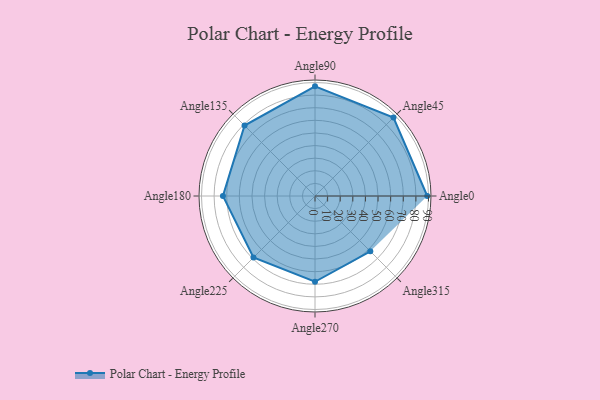
{"axis": {"x": "Angle", "y": "Radius"}, "legend": [""], "data": [{"x": "Angle0", "y": 89.0, "type": ""}, {"x": "Angle45", "y": 88.0, "type": ""}, {"x": "Angle90", "y": 87.0, "type": ""}, {"x": "Angle135", "y": 79.0, "type": ""}, {"x": "Angle180", "y": 73.0, "type": ""}, {"x": "Angle225", "y": 69.0, "type": ""}, {"x": "Angle270", "y": 68.0, "type": ""}, {"x": "Angle315", "y": 62.0, "type": ""}]}